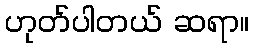
ဟုတ်ပါတယ် ဆရာ။